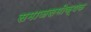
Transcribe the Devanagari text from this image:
समाजसमीक्षक